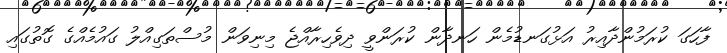
ފާހަގަ ކުރަމުންދާއިރު އަޅުގަނޑުމެން ހަނދާން ކުރަންވީ ދިވެހިރާއްޖެ މިނިވަން މުސްތަގިއްލު ގައުމެއްގެ ގޮތުގައި